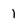
Character: 1